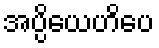
အပ္ပိယေဟိပေ